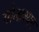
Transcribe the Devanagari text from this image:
गोलाश्यम